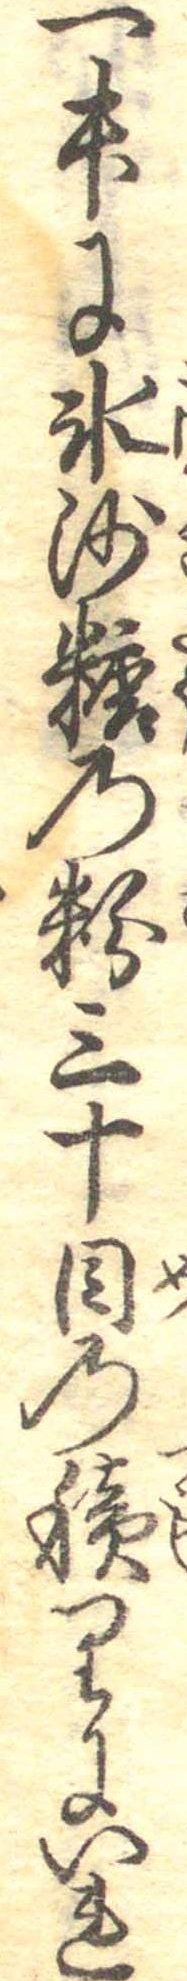
一升に氷沙糖の粉三十目の積りにいれ